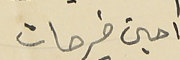
امين فرحات